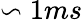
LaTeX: \backsim 1ms